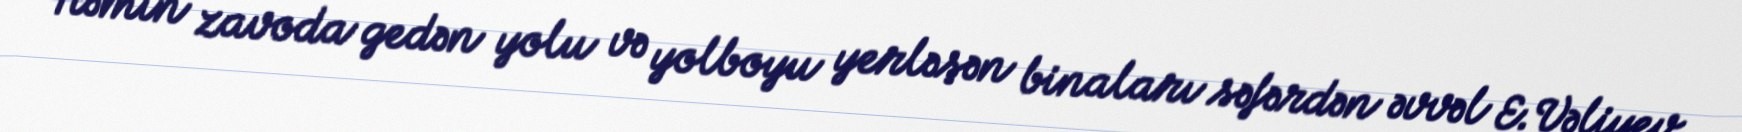
Həmin zavoda gedən yolu və yolboyu yerləşən binaları səfərdən əvvəl E.Vəliyev